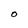
Character: O